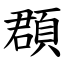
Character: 頵